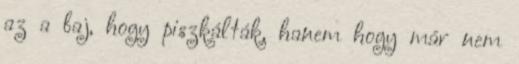
az a baj, hogy piszkálták, hanem hogy már nem